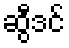
ဆွီဒင်